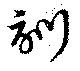
訓